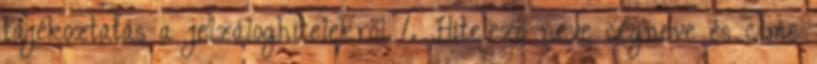
tájékoztatás a jelzáloghitelekről 1. Hitelező neve cégneve és címe